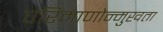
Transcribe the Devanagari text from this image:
परिमाणोन्मुखता